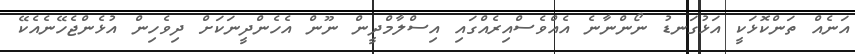
އަނެއް ތަންކޮޅަކީ އަޅުގަނޑު ނޯންނާނެ އެއްވެސްއިރެއްގައި އިސްލާމްދީން ނޫން އެހެންދީނަކަށް ދިވެހިން އުޅެންޖެހޭނެއެކޭ